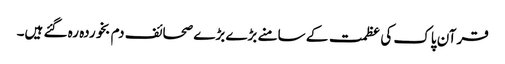
قرآن پاک کی عظمت کے سامنے بڑے بڑے صحائف دم بخوردہ رہ گئے ہیں۔